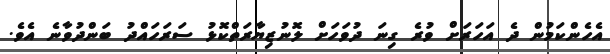
އެހެންކަމުން ދެ އަހަރަށް ވުރެ ގިނަ ދުވަހަށް ލޮނުޒިޔާރަތްކޮޅު ސަރަހައްދު ބަންދުވާނެ އެވެ.